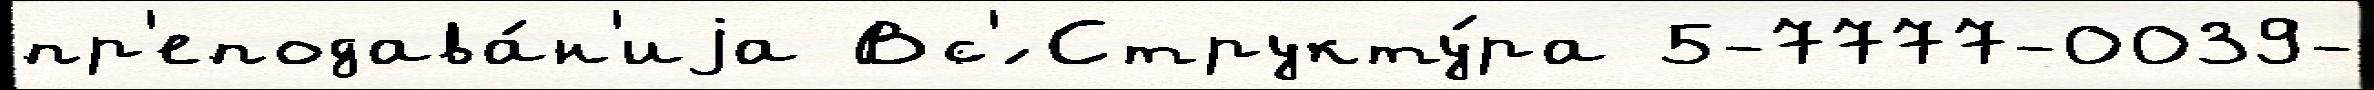
пр'еподава́н'иjа Вс'́ Структу́ра 5-7777-0039-